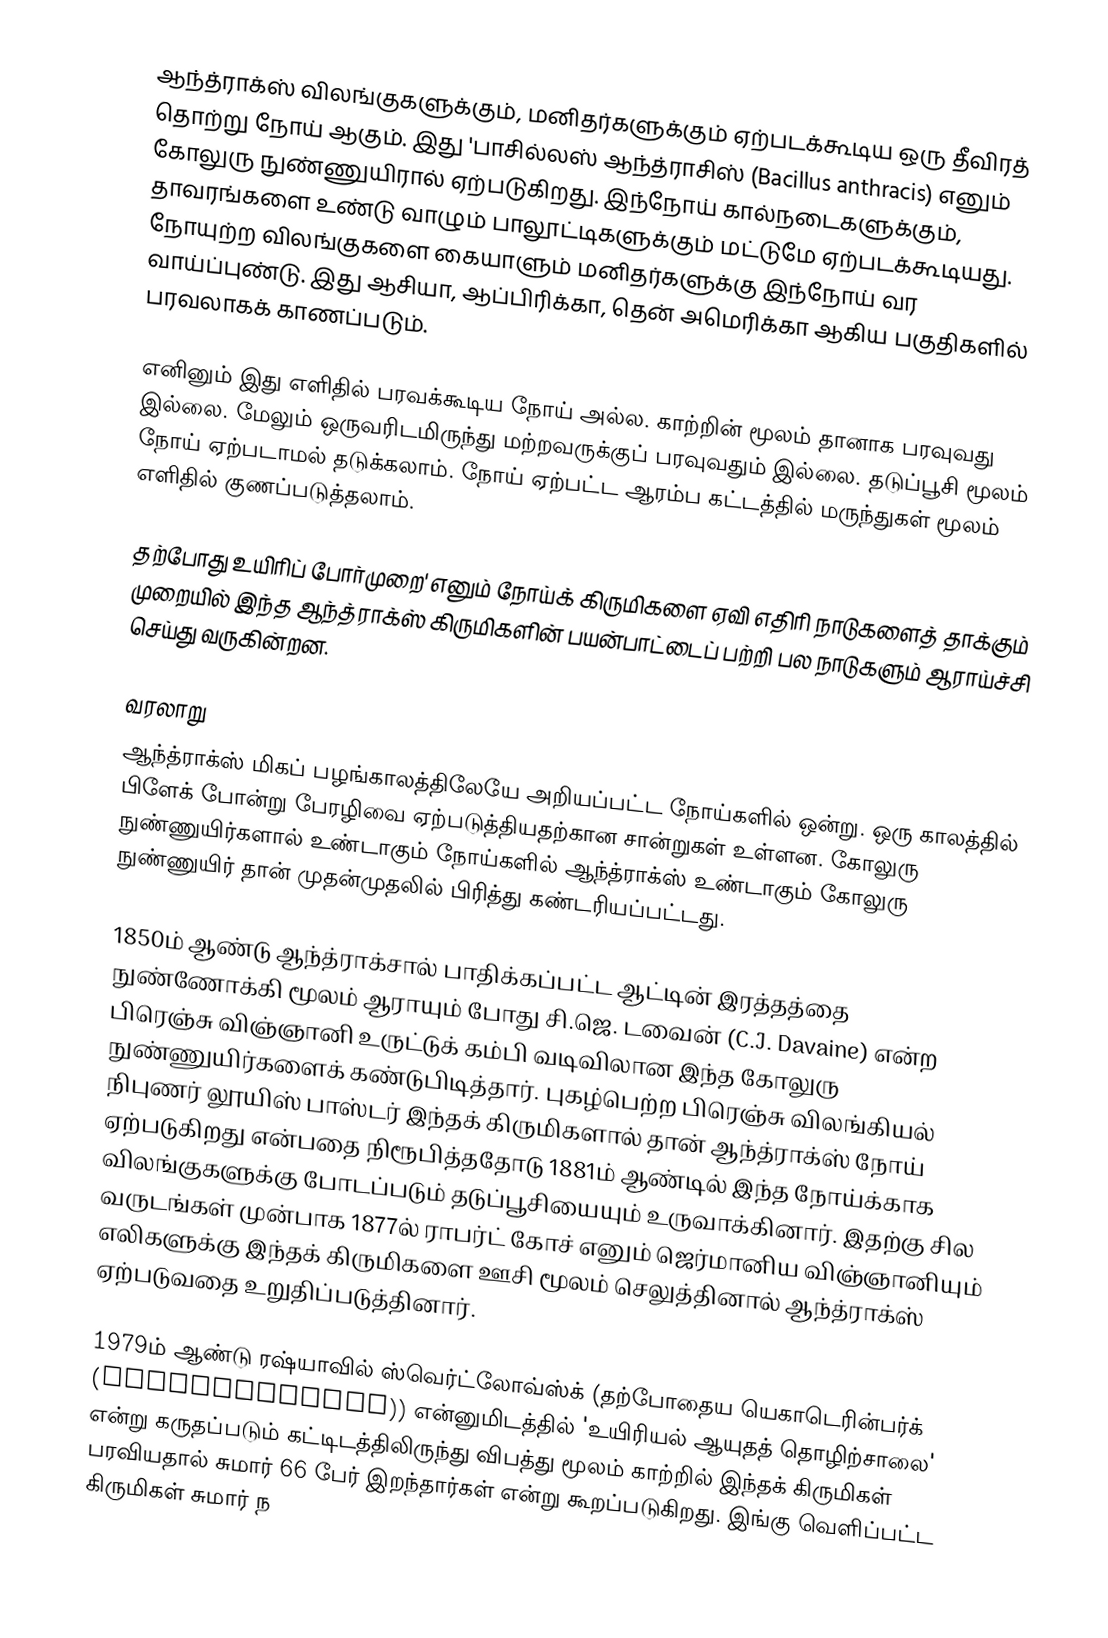
ஆந்த்ராக்ஸ் விலங்குகளுக்கும், மனிதர்களுக்கும் ஏற்படக்கூடிய ஒரு தீவிரத் தொற்று நோய் ஆகும். இது 'பாசில்லஸ் ஆந்த்ராசிஸ் (Bacillus anthracis) எனும் கோலுரு நுண்ணுயிரால் ஏற்படுகிறது. இந்நோய் கால்நடைகளுக்கும், தாவரங்களை உண்டு வாழும் பாலூட்டிகளுக்கும் மட்டுமே ஏற்படக்கூடியது. நோயுற்ற விலங்குகளை கையாளும் மனிதர்களுக்கு இந்நோய் வர வாய்ப்புண்டு. இது ஆசியா, ஆப்பிரிக்கா, தென் அமெரிக்கா ஆகிய பகுதிகளில் பரவலாகக் காணப்படும்.

எனினும் இது எளிதில் பரவக்கூடிய நோய் அல்ல. காற்றின் மூலம் தானாக பரவுவது இல்லை. மேலும் ஒருவரிடமிருந்து மற்றவருக்குப் பரவுவதும் இல்லை. தடுப்பூசி மூலம் நோய் ஏற்படாமல் தடுக்கலாம். நோய் ஏற்பட்ட ஆரம்ப கட்டத்தில் மருந்துகள் மூலம் எளிதில் குணப்படுத்தலாம்.

தற்போது உயிரிப் போர்முறை' எனும் நோய்க் கிருமிகளை ஏவி எதிரி நாடுகளைத் தாக்கும் முறையில் இந்த ஆந்த்ராக்ஸ் கிருமிகளின் பயன்பாட்டைப் பற்றி பல நாடுகளும் ஆராய்ச்சி செய்து வருகின்றன.

வரலாறு
ஆந்த்ராக்ஸ் மிகப் பழங்காலத்திலேயே அறியப்பட்ட நோய்களில் ஒன்று. ஒரு காலத்தில் பிளேக் போன்று பேரழிவை ஏற்படுத்தியதற்கான சான்றுகள் உள்ளன. கோலுரு நுண்ணுயிர்களால் உண்டாகும் நோய்களில் ஆந்த்ராக்ஸ் உண்டாகும் கோலுரு நுண்ணுயிர் தான் முதன்முதலில் பிரித்து கண்டரியப்பட்டது.

1850ம் ஆண்டு ஆந்த்ராக்சால் பாதிக்கப்பட்ட ஆட்டின் இரத்தத்தை நுண்ணோக்கி மூலம் ஆராயும் போது சி.ஜெ. டவைன் (C.J. Davaine) என்ற பிரெஞ்சு விஞ்ஞானி உருட்டுக் கம்பி வடிவிலான இந்த கோலுரு நுண்ணுயிர்களைக் கண்டுபிடித்தார். புகழ்பெற்ற பிரெஞ்சு விலங்கியல் நிபுணர் லூயிஸ் பாஸ்டர் இந்தக் கிருமிகளால் தான் ஆந்த்ராக்ஸ் நோய் ஏற்படுகிறது என்பதை நிரூபித்ததோடு 1881ம் ஆண்டில் இந்த நோய்க்காக விலங்குகளுக்கு போடப்படும் தடுப்பூசியையும் உருவாக்கினார். இதற்கு சில வருடங்கள் முன்பாக 1877ல் ராபர்ட் கோச் எனும் ஜெர்மானிய விஞ்ஞானியும் எலிகளுக்கு இந்தக் கிருமிகளை ஊசி மூலம் செலுத்தினால் ஆந்த்ராக்ஸ் ஏற்படுவதை உறுதிப்படுத்தினார்.

1979ம் ஆண்டு ரஷ்யாவில் ஸ்வெர்ட்லோவ்ஸ்க் (தற்போதைய யெகாடெரின்பர்க் (Yekaterinburg)) என்னுமிடத்தில் 'உயிரியல் ஆயுதத் தொழிற்சாலை' என்று கருதப்படும் கட்டிடத்திலிருந்து விபத்து மூலம் காற்றில் இந்தக் கிருமிகள் பரவியதால் சுமார் 66 பேர் இறந்தார்கள் என்று கூறப்படுகிறது. இங்கு வெளிப்பட்ட கிருமிகள் சுமார் ந